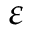
\varepsilon